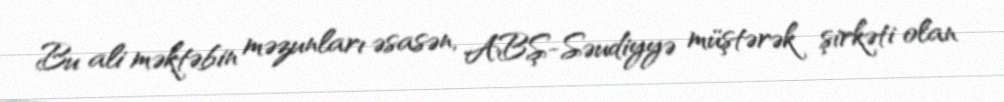
Bu ali məktəbin məzunları əsasən, ABŞ-Səudiyyə müştərək şirkəti olan